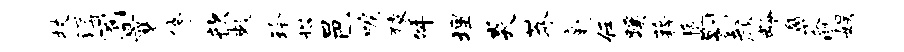
杖溽囿曩停歆敕玲塔邑唳猿舛埋炎莽毫任蹊藉遁剔颜龄鼻俞娱